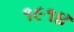
૧૯૧૪